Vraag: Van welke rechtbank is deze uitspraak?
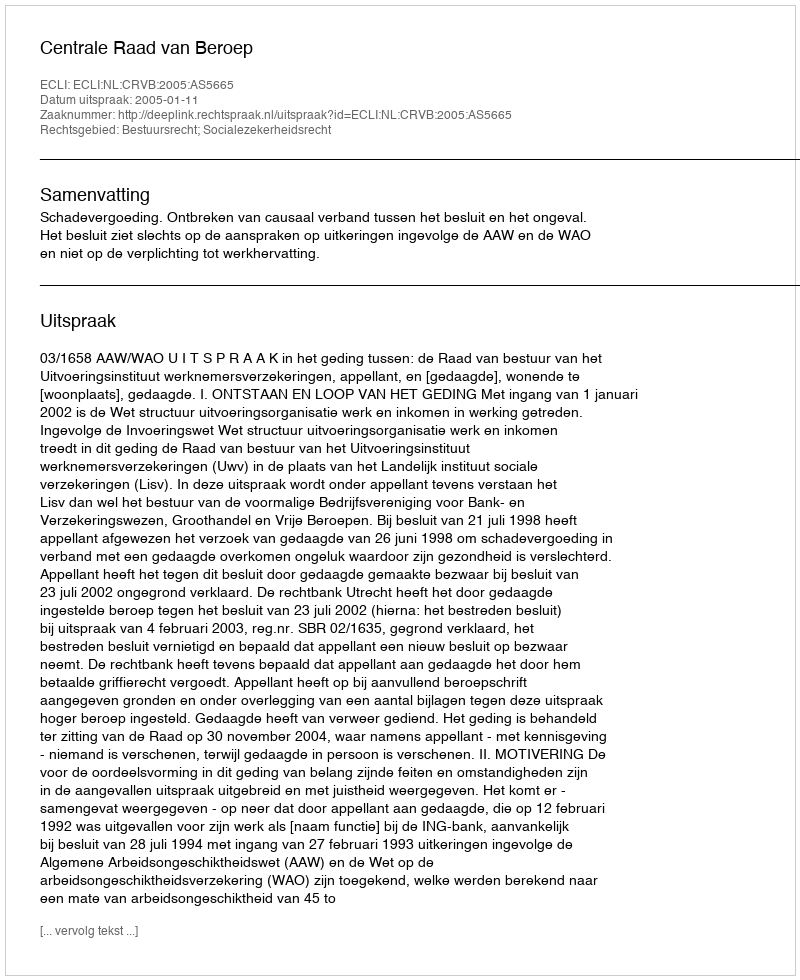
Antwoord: Centrale Raad van Beroep